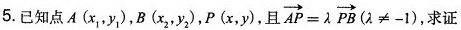
5.已知点A(x_{1},y_{1}),B(x_{2},y_{2}),P(x,y),且$$\overrightarrow{AP}= \lambda \overrightarrow{PB}( \lambda \neq -1)$$, 求证